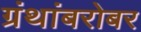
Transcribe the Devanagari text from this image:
ग्रंथांबरोबर